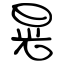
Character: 晃